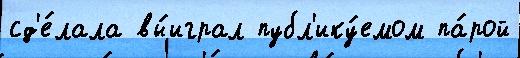
сд'е́лала вы́играл публ'ику́емом па́рой